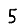
Digit: 5